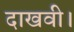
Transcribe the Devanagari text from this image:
दाखवी।